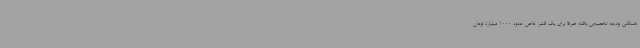
همگانی بودجه تخصیص یافته صرفا برای یک قشر خاص حدود 1000 میلیارد تومان